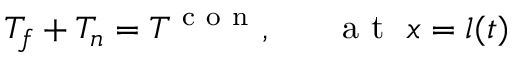
T _ { f } + T _ { n } = T ^ { \mathrm { ~ c ~ o ~ n ~ } } , ~ ~ ~ ~ ~ \mathrm { ~ a ~ t ~ } ~ x = l ( t )